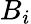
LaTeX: B_{i}